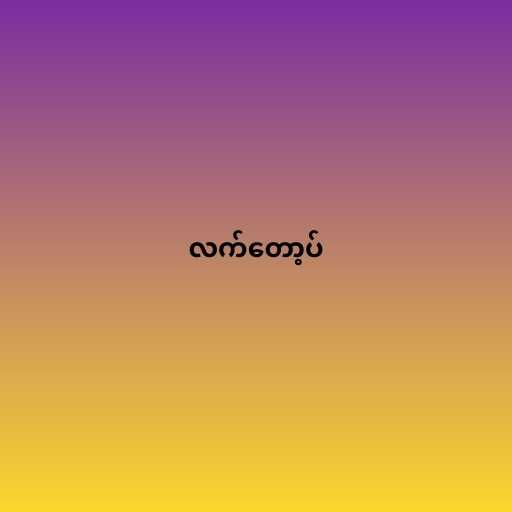
လက်တော့ပ်